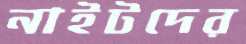
নাইটদের